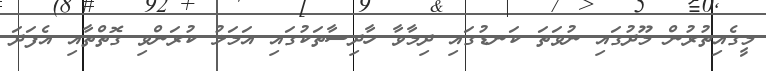
މީގެއިތުރުން މޫދުގައި ނުވަތަ ކަނޑުގައި ދިމާވާ ހާދިސާތަކުގައި އަމަލު ކުރަންވި ގޮތްތާއި އެފަދަ